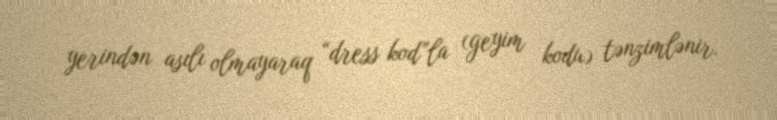
yerindən asılı olmayaraq “dress kod”la (geyim kodu) tənzimlənir.